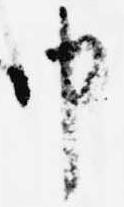
申